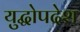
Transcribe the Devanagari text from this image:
युद्धोपदेश